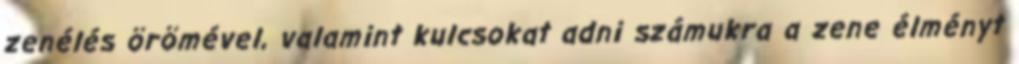
zenélés örömével, valamint kulcsokat adni számukra a zene élményt